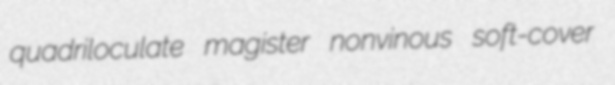
quadriloculate magister nonvinous soft-cover